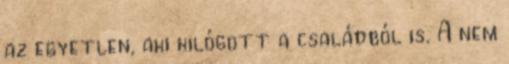
az egyetlen, aki kilógott a családból is. A nem